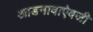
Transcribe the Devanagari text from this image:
आडनावाऐवजी